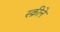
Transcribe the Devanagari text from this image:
स्क्रीने